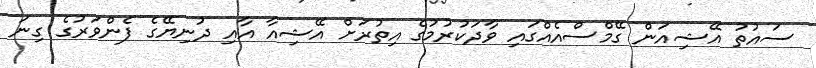
ސައުތު އޭޝިއަން ގޭމްސްއެއްގައި ވާދަކުރުމުގެ އިތުރަށް އޭޝިއާ އާއި ދުނިޔޭގެ ފެންވަރުގެ ގިނަ